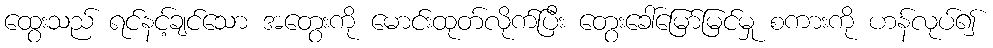
ထွေးသည် ရင်နင့်ချင်သော အတွေးကို မောင်းထုတ်လိုက်ပြီး တွေးခေါ်မြော်မြင်မှု စကားကို ဟန်လုပ်၍